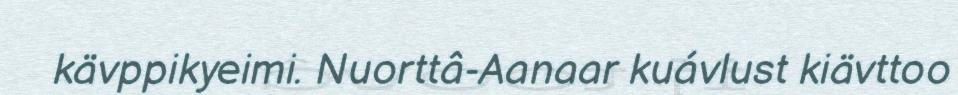
kävppikyeimi. Nuorttâ-Aanaar kuávlust kiävttoo